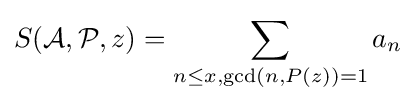
S({\mathcal {A}},{\mathcal {P}},z)=\sum \limits _{n\leq x,{\text{gcd}}(n,P(z))=1}a_{n}